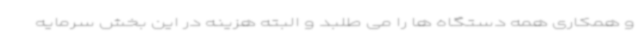
و همکاری همه دستگاه ها را می طلبد و البته هزینه در این بخش سرمایه